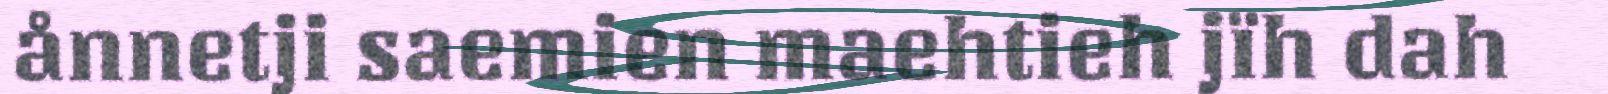
ånnetji saemien maehtieh jïh dah